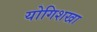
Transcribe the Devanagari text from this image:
योगिशखा